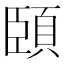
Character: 頣